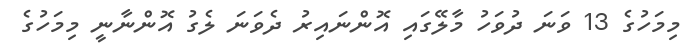
މިމަހުގެ 13 ވަނަ ދުވަހު މާލޭގައި އޮންނައިރު ދެވަނަ ލެގު އޮންނާނީ މިމަހުގެ